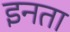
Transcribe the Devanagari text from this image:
इनता